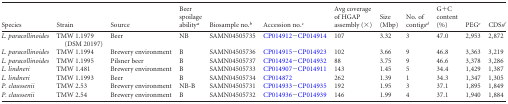
| Species | Strain | Source | Beer spoilage abilitya | Biosample no.b | Accession no.c | Avg coverage of HGAP assembly (×) | Size (Mbp) | No. of contigsd | G+C content (%) | PEGe | CDSsf |
 | --- | --- | --- | --- | --- | --- | --- | --- | --- | --- | --- | --- |
 | L. paracollinoides | TMW 1.1979 (DSM 20197) | Beer | NB | SAMN04505735 | CP014912−CP014914 | 107 | 3.32 | 3 | 47.0 | 2,953 | 2,872 |
 | L. paracollinoides | TMW 1.1994 | Brewery environment | B | SAMN04505736 | CP014915−CP014923 | 102 | 3.66 | 9 | 46.8 | 3,363 | 3,219 |
 | L. paracollinoides | TMW 1.1995 | Pilsner beer | B | SAMN04505737 | CP014924−CP014932 | 88 | 3.75 | 9 | 46.6 | 3,378 | 3,286 |
 | L. lindneri | TMW 1.481 | Brewery environment | B | SAMN04505733 | CP014907−CP014911 | 143 | 1.45 | 5 | 34.4 | 1,429 | 1,387 |
 | L. lindneri | TMW 1.1993 | Beer | B | SAMN04505734 | CP014872 | 262 | 1.39 | 1 | 34.3 | 1,347 | 1,305 |
 | P. claussenii | TMW 2.53 | Brewery environment | NB-B | SAMN04505731 | CP014933−CP014935 | 192 | 1.95 | 3 | 37.1 | 1,895 | 1,849 |
 | P. claussenii | TMW 2.54 | Brewery environment | B | SAMN04505732 | CP014936−CP014939 | 146 | 1.99 | 4 | 37.1 | 1,940 | 1,884 |